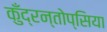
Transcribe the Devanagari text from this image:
कुँद्रन्तोप्सिया